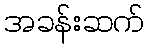
အခန်းဆက်